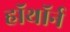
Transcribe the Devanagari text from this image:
हॉथॉर्न